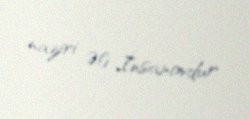
naziri Əli İnsanovdur.